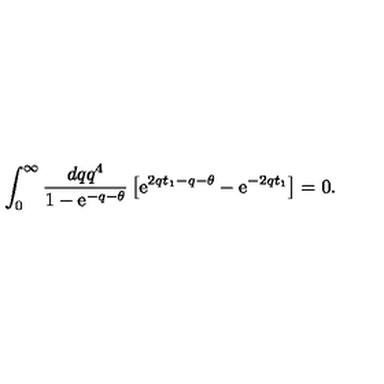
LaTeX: \int _ { 0 } ^ { \infty } \frac { d q q ^ { 4 } } { 1 - \mathrm { e } ^ { - q - \theta } } \left[ \mathrm { e } ^ { 2 q t _ { 1 } - q - \theta } - \mathrm { e } ^ { - 2 q t _ { 1 } } \right] = 0 .